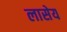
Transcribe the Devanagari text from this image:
लासेय